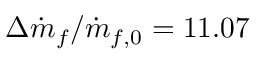
\Delta \dot { m } _ { f } / \dot { m } _ { f , 0 } = 1 1 . 0 7 \